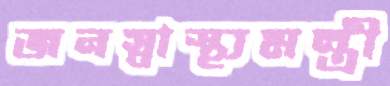
জনস্বাস্থ্যমন্ত্রী